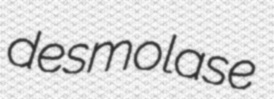
desmolase